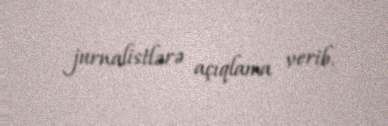
jurnalistlərə açıqlama verib.